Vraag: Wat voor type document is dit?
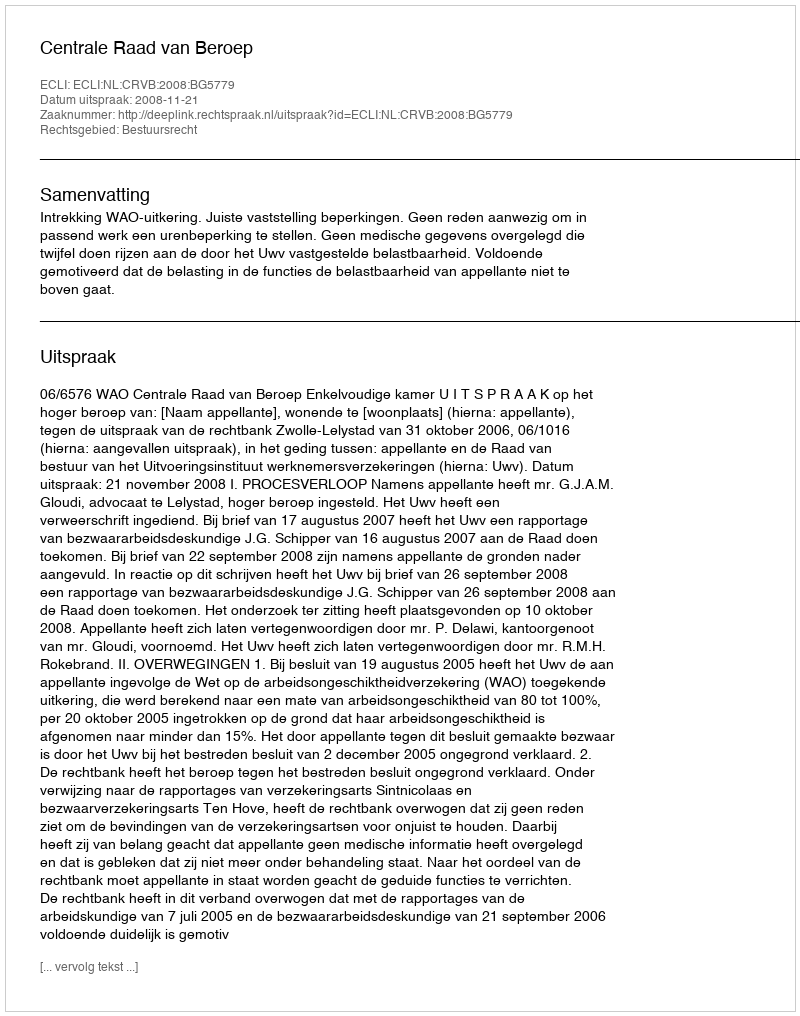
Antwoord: Uitspraak